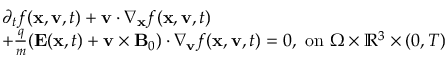
\begin{array} { r l } & { \partial _ { t } f ( \mathbf { x } , \mathbf { v } , t ) + \mathbf { v } \cdot \nabla _ { \mathbf { x } } f ( \mathbf { x } , \mathbf { v } , t ) } \\ & { + \frac { q } { m } ( \mathbf { E } ( \mathbf { x } , t ) + \mathbf { v } \times \mathbf { B } _ { 0 } ) \cdot \nabla _ { \mathbf { v } } f ( \mathbf { x } , \mathbf { v } , t ) = 0 , \mathrm { ~ o n ~ } \Omega \times \mathbb { R } ^ { 3 } \times ( 0 , T ) } \end{array}